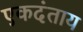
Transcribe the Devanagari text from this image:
एकदंताय